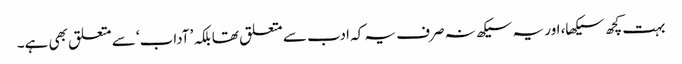
بہت کچھ سیکھا، اور یہ سیکھ نہ صرف یہ کہ ادب سے متعلق تھا بلکہ ’آداب‘ سے متعلق بھی ہے۔